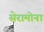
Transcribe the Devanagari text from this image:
सेरामोना